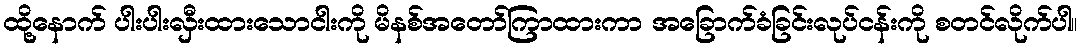
ထို့နောက် ပါးပါးလှီးထားသောငါးကို မိနစ်အတော်ကြာထားကာ အခြောက်ခံခြင်းလုပ်ငန်းကို စတင်လိုက်ပါ။